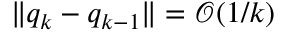
\| q _ { k } - q _ { k - 1 } \| = \mathcal { O } ( 1 / k )